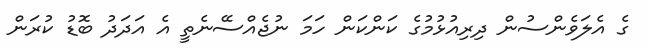
ގެ އެލަވެންސުން ދިރިއުޅުމުގެ ކަންކަން ހަމަ ނުޖެއްސޭނެތީ އެ އަދަދު ބޮޑު ކުރަން